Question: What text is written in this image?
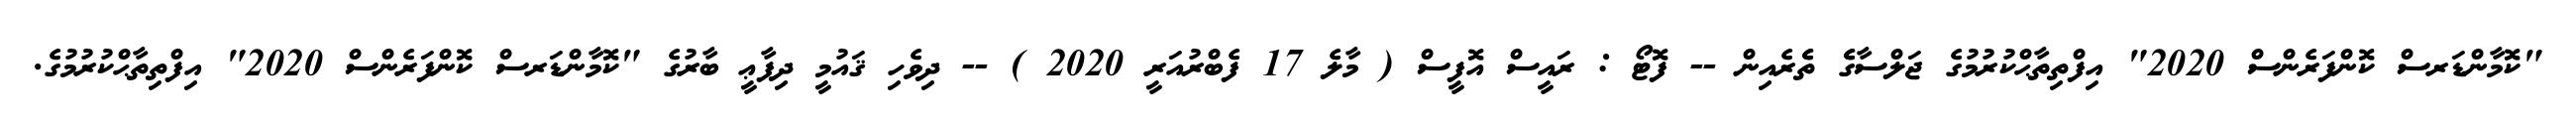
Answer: "ކޮމާންޑަރސް ކޮންފަރެންސް 2020" އިފްތިތާޙްކުރުމުގެ ޖަލްސާގެެ ތެެރެއިން -- ފޮޓޯ : ރައީސް އޮފީސް ( މާލެ 17 ފެބްރުއަރީ 2020 ) -- ދިވެހި ޤައުމީ ދިފާޢީ ބާރުގެ "ކޮމާންޑަރސް ކޮންފަރެންސް 2020" އިފްތިތާޙްކުރުމުގެ.